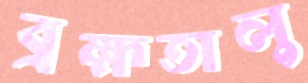
ব্রহ্মতালু